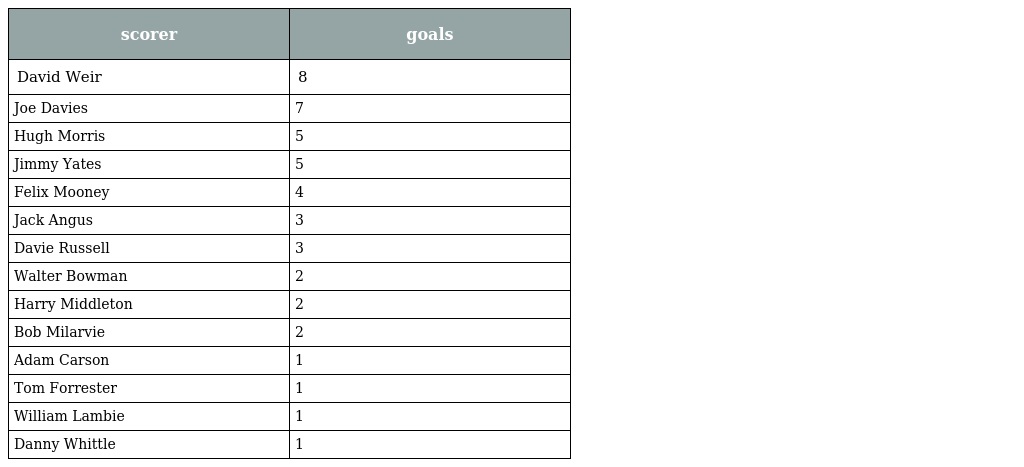
| scorer | goals |
 | --- | --- |
 | David Weir | 8 |
 | Joe Davies | 7 |
 | Hugh Morris | 5 |
 | Jimmy Yates | 5 |
 | Felix Mooney | 4 |
 | Jack Angus | 3 |
 | Davie Russell | 3 |
 | Walter Bowman | 2 |
 | Harry Middleton | 2 |
 | Bob Milarvie | 2 |
 | Adam Carson | 1 |
 | Tom Forrester | 1 |
 | William Lambie | 1 |
 | Danny Whittle | 1 |